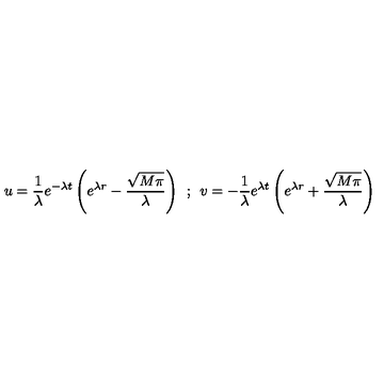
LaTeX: u = \frac { 1 } { \lambda } e ^ { - \lambda t } \left( e ^ { \lambda r } - \frac { \sqrt { M \pi } } { \lambda } \right) \: \: ; \: \: v = - \frac { 1 } { \lambda } e ^ { \lambda t } \left( e ^ { \lambda r } + \frac { \sqrt { M \pi } } { \lambda } \right)